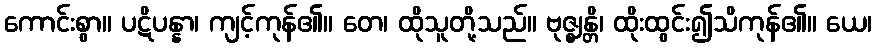
ကောင်းစွာ။ ပဋိပန္နာ၊ ကျင့်ကုန်၏။ တေ၊ ထိုသူတို့သည်။ ဗုဇ္ဈန္တိ၊ ထိုးထွင်း၍သိကုန်၏။ ယေ၊